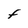
Character: F